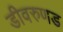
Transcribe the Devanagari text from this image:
डीवरुणड